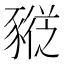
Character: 𰶮